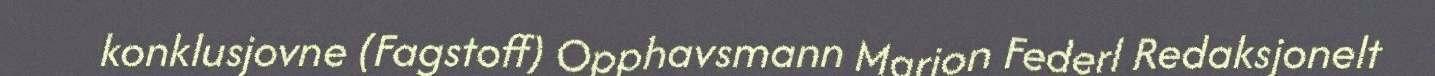
konklusjovne (Fagstoff) Opphavsmann Marion Federl Redaksjonelt